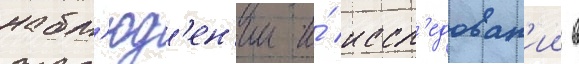
набл'юд'ен'ии и́ иссл'едован'ии в